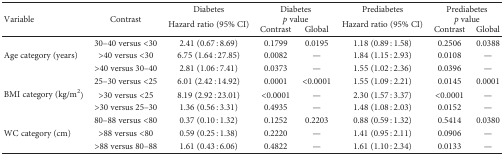
<table><thead><tr><td rowspan="3"><b>Variable</b></td><td rowspan="3"><b>Contrast</b></td><td><b>Diabetes</b></td><td rowspan="2" colspan="2"><b>Diabetes<i>p</i> value</b></td><td><b>Prediabetes</b></td><td rowspan="2" colspan="2"><b>Prediabetes<i>p</i> value</b></td></tr><tr><td rowspan="2"><b>Hazard ratio (95% CI)</b></td><td rowspan="2"><b>Hazard ratio (95% CI)</b></td></tr><tr><td><b>Contrast</b></td><td><b>Global</b></td><td><b>Contrast</b></td><td><b>Global</b></td></tr></thead><tbody><tr><td rowspan="3">Age category (years)</td><td>30–40 versus &lt;30</td><td>2.41 (0.67 : 8.69)</td><td>0.1799</td><td>0.0195</td><td>1.18 (0.89 : 1.58)</td><td>0.2506</td><td>0.0388</td></tr><tr><td>&gt;40 versus &lt;30</td><td>6.75 (1.64 : 27.85)</td><td>0.0082</td><td>—</td><td>1.84 (1.15 : 2.93)</td><td>0.0108</td><td>—</td></tr><tr><td>&gt;40 versus 30–40</td><td>2.81 (1.06 : 7.41)</td><td>0.0373</td><td>—</td><td>1.55 (1.02 : 2.36)</td><td>0.0396</td><td>—</td></tr><tr><td rowspan="3">BMI category (kg/m<sup>2</sup>)</td><td>25–30 versus &lt;25</td><td>6.01 (2.42 : 14.92)</td><td>0.0001</td><td>&lt;0.0001</td><td>1.55 (1.09 : 2.21)</td><td>0.0145</td><td>0.0001</td></tr><tr><td>&gt;30 versus &lt;25</td><td>8.19 (2.92 : 23.01)</td><td>&lt;0.0001</td><td>—</td><td>2.30 (1.57 : 3.37)</td><td>&lt;0.0001</td><td>—</td></tr><tr><td>&gt;30 versus 25–30</td><td>1.36 (0.56 : 3.31)</td><td>0.4935</td><td>—</td><td>1.48 (1.08 : 2.03)</td><td>0.0152</td><td>—</td></tr><tr><td rowspan="3">WC category (cm)</td><td>80–88 versus &lt;80</td><td>0.37 (0.10 : 1.32)</td><td>0.1252</td><td>0.2203</td><td>0.88 (0.59 : 1.32)</td><td>0.5414</td><td>0.0380</td></tr><tr><td>&gt;88 versus &lt;80</td><td>0.59 (0.25 : 1.38)</td><td>0.2220</td><td>—</td><td>1.41 (0.95 : 2.11)</td><td>0.0906</td><td>—</td></tr><tr><td>&gt;88 versus 80–88</td><td>1.61 (0.43 : 6.06)</td><td>0.4822</td><td>—</td><td>1.61 (1.10 : 2.34)</td><td>0.0133</td><td>—</td></tr></tbody></table>